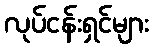
လုပ်ငန်းရှင်များ